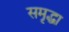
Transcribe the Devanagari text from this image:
समृद्धा